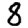
Digit: 8